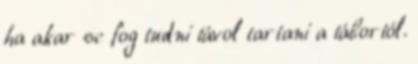
ha akar se fog tudni távol tartani a tábortól.